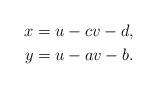
LaTeX: \begin{align*}x &= u - c v - d, \\y &= u - a v - b.\end{align*}